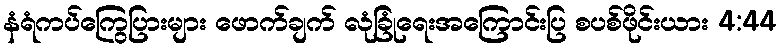
နံရံကပ်ကြွေပြားများ ဖောက်ချက် လုံခြုံရေးအကြောင်းပြ စပစ်ဖိုင်းယား 4:44